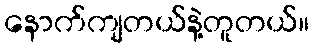
နောက်ကျတယ်နဲ့တူတယ်။